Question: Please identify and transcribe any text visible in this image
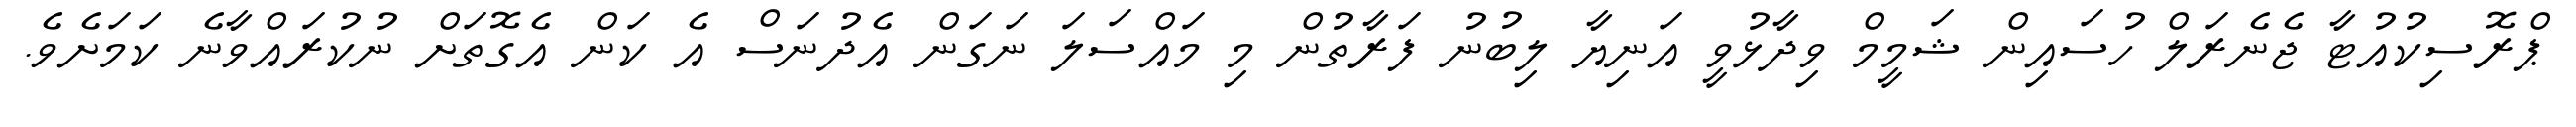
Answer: ޕްރޮސިކުއުޓާ ޖެނެރަލް ހުސައިން ޝަމީމް ވިދާޅުވީ އަނިޔާ ލިބުނު ފަރާތުން މި މައްސަލަ ނަގަން އެދުނަސް އެ ކަން އެގޮތަށް ނުކުރައްވާނެ ކަމަށެވެ.